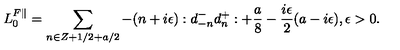
L _ { 0 } ^ { F \parallel } = \sum _ { n \in Z + 1 / 2 + a / 2 } - ( n + i \epsilon ) : d _ { - n } ^ { - } d _ { n } ^ { + } : + { \frac { a } { 8 } } - { \frac { i \epsilon } { 2 } } ( a - i \epsilon ) , \epsilon > 0 .